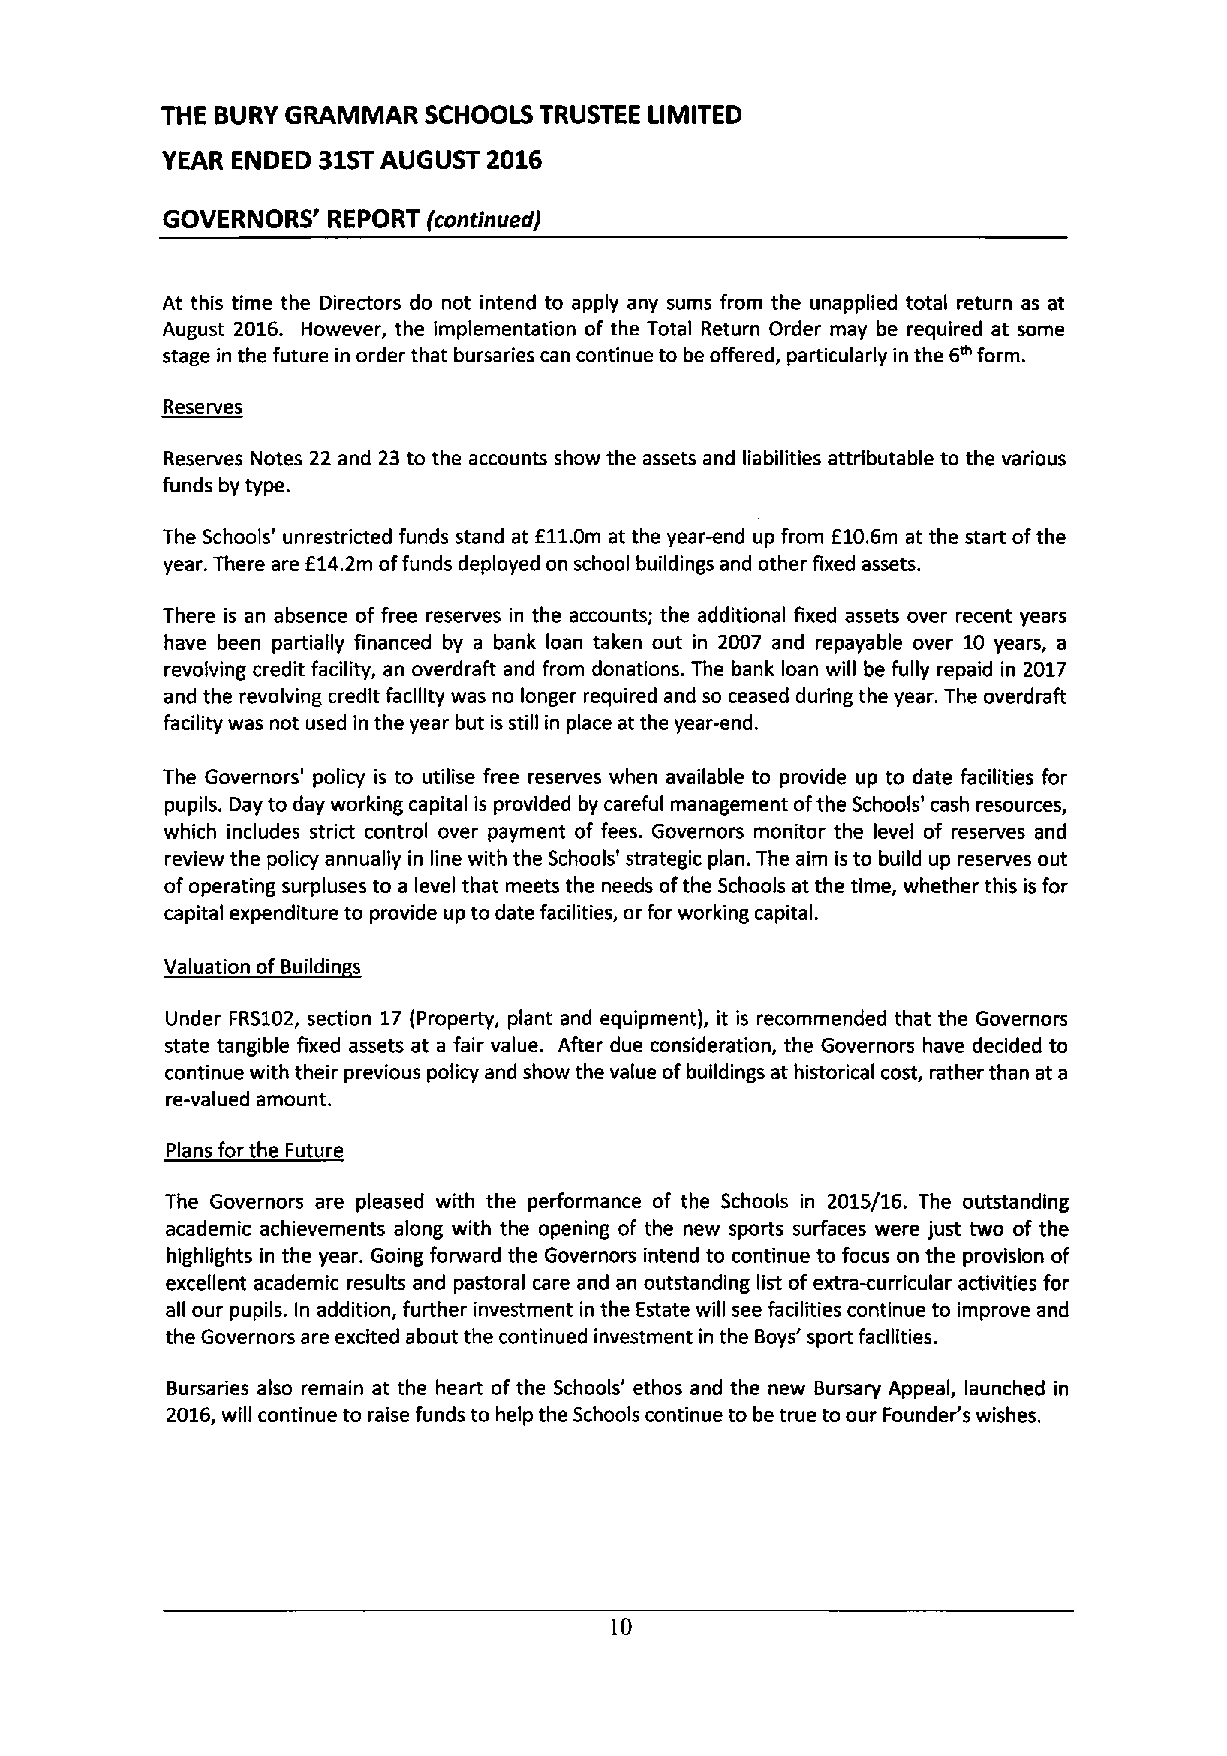
THE BURY GRAMMAR SCHOOLS TRUSTEE LIMITED
 YEAR ENDED 31STAUGUST 2016
 GOVERNORS' REPORT (continued'
 At this time the Directors do not intend to apply any sums from the unapplied total return as at
 August 2016. However, the implementation of the Total Return Order may be required at some
 stage in the future in order that bursaries can continue to be offered, particularly in the 6~form.
 Reserves
 Reserves Notes 22 and 23 to the accounts show the assets and liabilities attributable to the various
 funds by type.
 The Schools' unrestricted funds stand at E11.0m at the year-end up from E10.6m at the start ofthe
 year. There are E14.2m offunds deployed on school buildings and other fixed assets.
 There is an absence of free reserves in the accounts; the additional fixed assets over recent years
 have been partially financed by a bank loan taken out in 2007 and repayable over 10 years, a
 revolving credit facility, an overdraft and from donations. The bank loan will be fully repaid in 2017
 and the revolving credit facility was no longer required and so ceased during the year. The overdraft
 facility was not used in the year but is still in place at the year-end.
 The Governors' policy is to utilise free reserves when available to provide up to date facilities for
 pupils. Day to day working capital is provided by careful management ofthe Schools' cash resources,
 which includes strict control over payment of fees. Governors monitor the level of reserves and
 review the policy annually in line with the Schools' strategic plan. The aim is to build up reserves out
 ofoperating surpluses to a level that meets the needs ofthe Schools at the time, whether this is for
 capital expenditure to provide up to date facilities, orfor working capital.
 Valuation of Buildin s
 Under FRS102, section 17 (Property, plant and equipment), it is recommended that the Governors
 state tangible fixed assets at a fair value. After due consideration, the Governors have decided to
 continue with their previous policy and show the value ofbuildings at historical cost, rather than at a
 re-valued amount.
 Plans for the Future
 The Governors are pleased with the performance of the Schools in 2015/16. The outstanding
 academic achievements along with the opening of the new sports surfaces were just two of the
 highlights in the year. Going forward the Governors intend to continue to focus on the provision of
 excellent academic results and pastoral care and an outstanding list ofextra-curricular activities for
 all our pupils. In addition, further investment in the Estate will see facilities continue to improve and
 the Governors are excited about the continued investment in the Boys' sport facilities.
 Bursaries also remain at the heart of the Schools' ethos and the new Bursary Appeal, launched in
 2016,will continue to raise funds to help the Schools continue to be true to our Founder's wishes.
 10